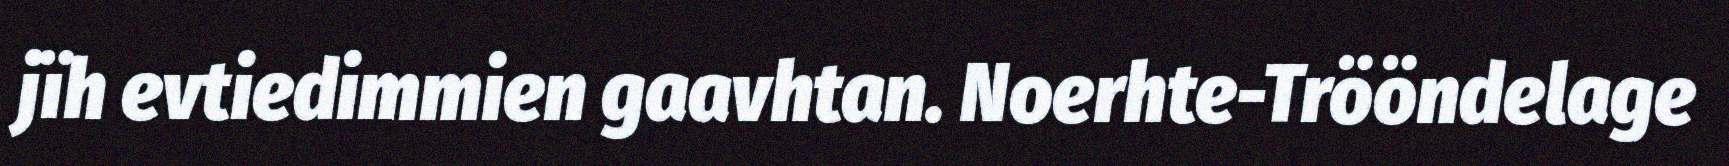
jïh evtiedimmien gaavhtan. Noerhte-Trööndelage